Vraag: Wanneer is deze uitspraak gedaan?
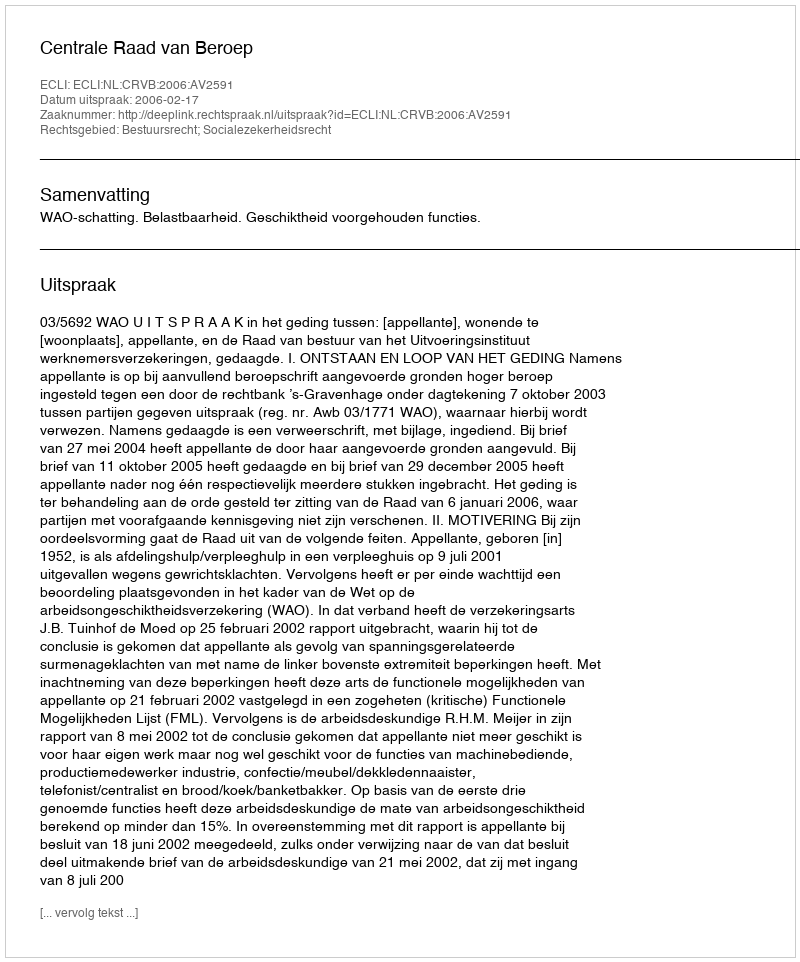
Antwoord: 2006-02-17